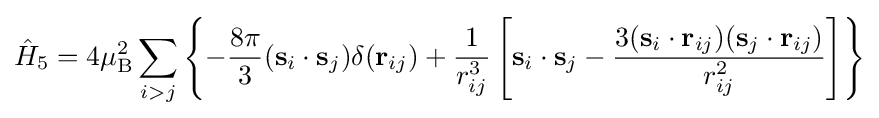
{\hat {H}}_{5}=4\mu _{\rm {B}}^{2}\sum _{i>j}\left\lbrace -{\frac {8\pi }{3}}(\mathbf {s} _{i}\cdot \mathbf {s} _{j})\delta (\mathbf {r} _{ij})+{\frac {1}{r_{ij}^{3}}}\left[\mathbf {s} _{i}\cdot \mathbf {s} _{j}-{\frac {3(\mathbf {s} _{i}\cdot \mathbf {r} _{ij})(\mathbf {s} _{j}\cdot \mathbf {r} _{ij})}{r_{ij}^{2}}}\right]\right\rbrace